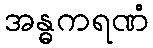
အန္ဓကရဏံ